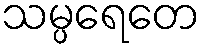
သမ္ပရေတေ